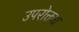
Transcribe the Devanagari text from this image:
उपरोक्तध